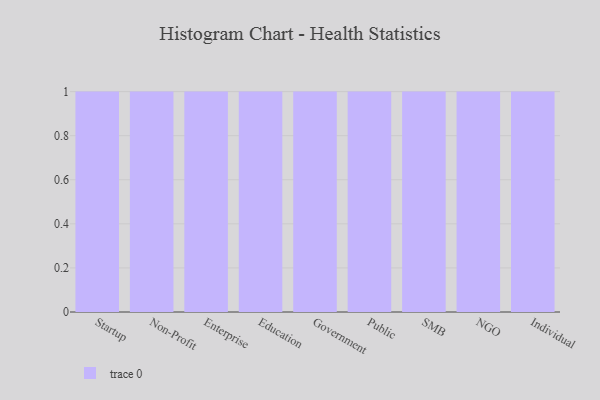
{"axis": {"x": "Segment", "y": "Inventory Turnover"}, "legend": [""], "data": [{"x": "Startup", "y": 26, "type": ""}, {"x": "Non-Profit", "y": 43, "type": ""}, {"x": "Enterprise", "y": 6, "type": ""}, {"x": "Education", "y": 80, "type": ""}, {"x": "Government", "y": 76, "type": ""}, {"x": "Public", "y": 32, "type": ""}, {"x": "SMB", "y": 62, "type": ""}, {"x": "NGO", "y": 87, "type": ""}, {"x": "Individual", "y": 82, "type": ""}]}